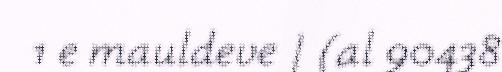
1 e mauldeve | (al 90438